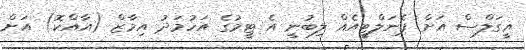
އީގަލްސް އަށް ޕެނަލްޓީއެއް ލިބުނީ އެ ޓީމުގެ އަހުމަދު އިމާޒް (އާއްކޮ) އަށް